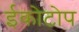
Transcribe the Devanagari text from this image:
ईकोटोप